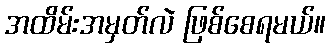
အထိမ်းအမှတ်လဲ ဖြစ်စေရမယ်။